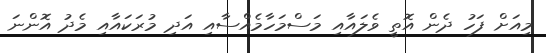
މިއަށް ފަހު ދެން އޮތީ ވެލައާއި މަސްމަހާމެއްސާއި އަދި މުރަކައާއި މެދު އޮންނަ